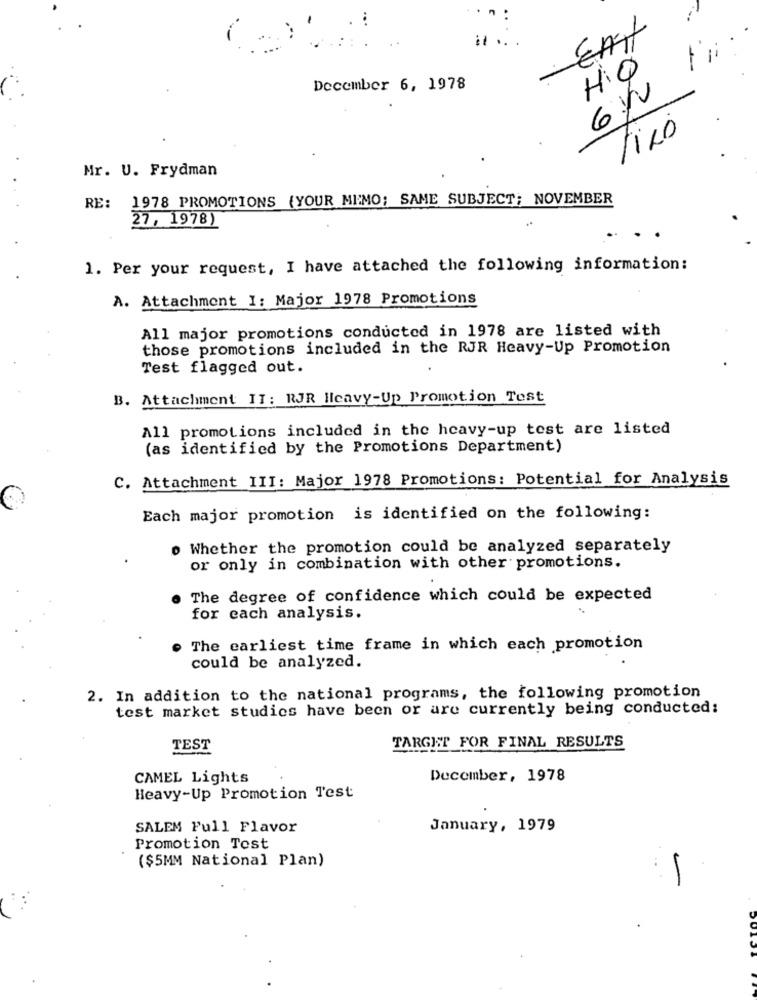
1
December 6, 1978
Fico
Mr. U. Frydman
RE: 1978 PROMOTIONS (YOUR MIMO; SAME SUBJECT; NOVEMBER
27, 1978)
1. Per your request, I have attached the following information:
A. Attachment I: Major 1978 Promotions
All major promotions conducted in 1978 are listed with
those promotions included in the RJR Heavy-Up Promotion
Test flagged out.
B. Attachment II: RJR Heavy-Up Promotion Test
All promotions included in the heavy-up test are listed
(as identified by the Promotions Department)
C. Attachment III: Major 1978 Promotions: Potential for Analysis
Each major promotion is identified on the following:
. Whether the promotion could be analyzed separately
or only in combination with other promotions.
The degree of confidence which could be expected
for each analysis.
The earliest time frame in which each promotion
could be analyzed.
2. In addition to the national programs, the following promotion
test market studies have been or are currently being conducted:
TEST
TARGET FOR FINAL RESULTS
CAMEL Lights
December, 1978
Heavy-Up Promotion Test
SALEM Full Flavor
January, 1979
Promotion Test
($5MM National Plan)